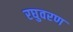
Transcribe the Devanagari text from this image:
रघुवरण